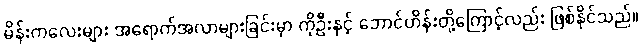
မိန်းကလေးများ အရောက်အလာများခြင်းမှာ ကိုဦးနှင့် ဘောင်ဟိန်းတို့ကြောင့်လည်း ဖြစ်နိုင်သည်။